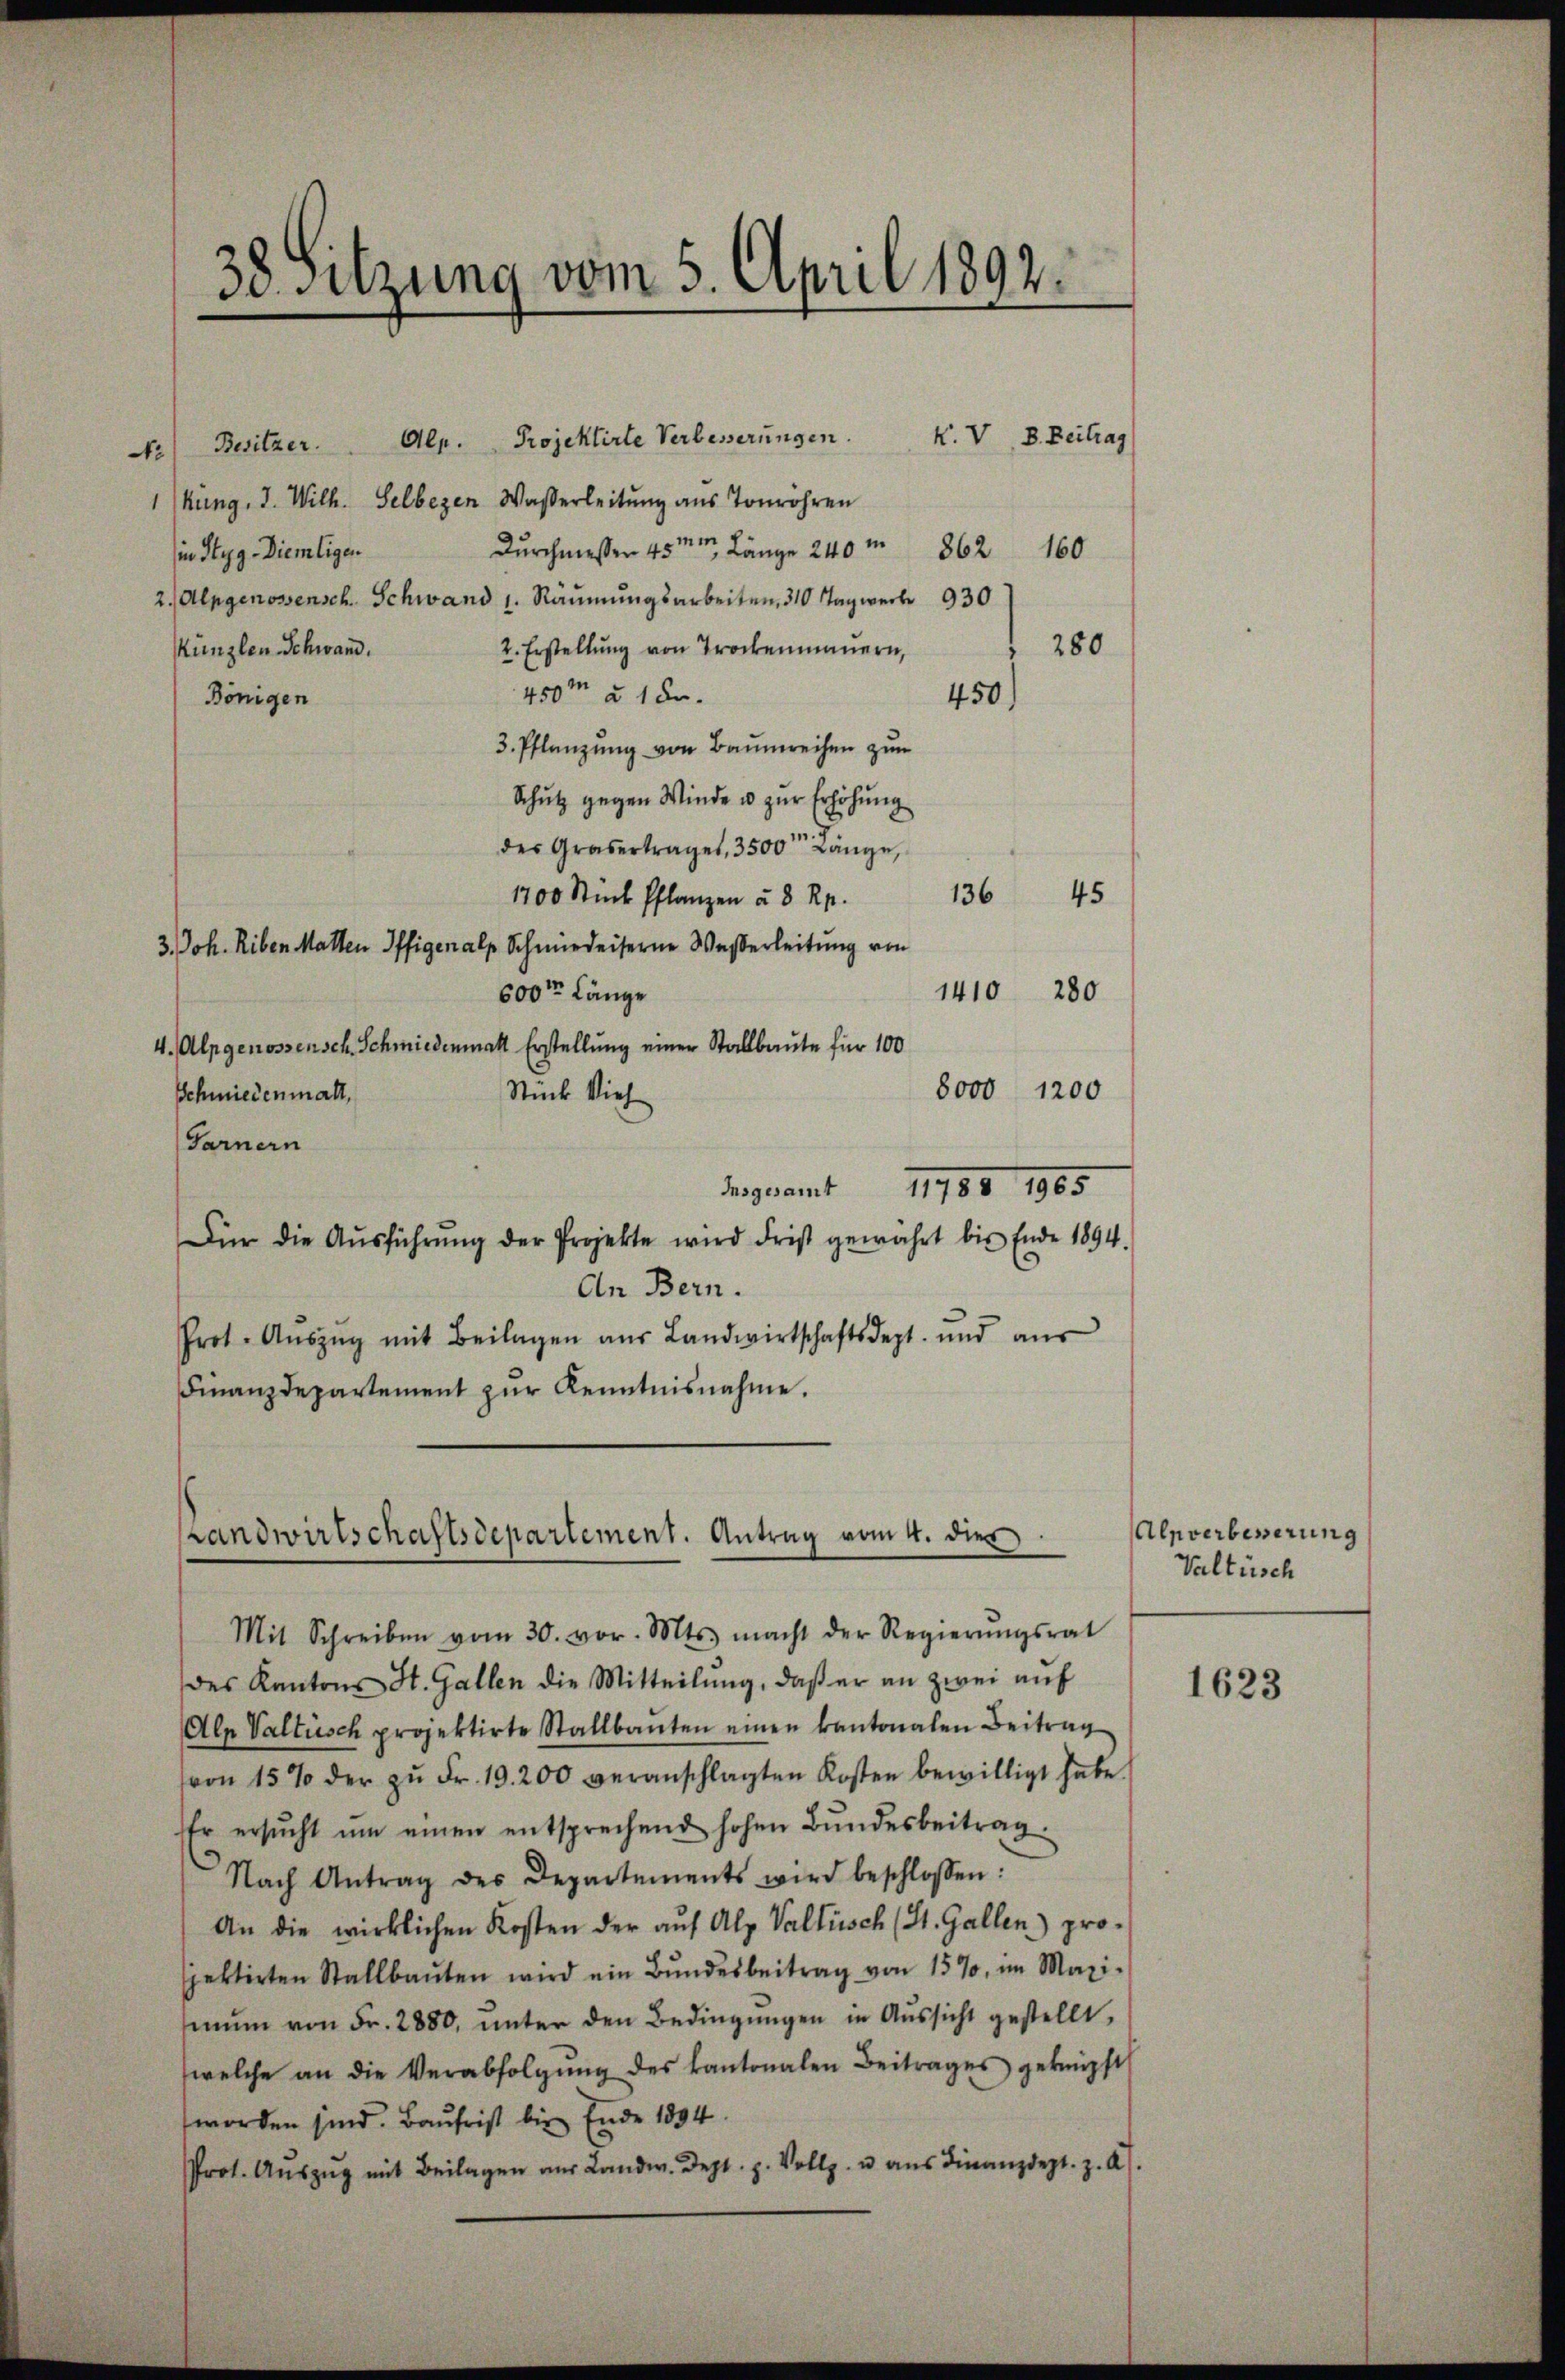
38. Sitzung vom 5. April 1892.

Projektirte Verbesserungen.
K. V, B. Beitrag
Besitzer.   Alp.
No
1kung, 3. Wilh. Selbezen Waßerleitung aus Tonröhren
Durchmessen 45m Länge 240 m 862. 160
in Styg-Diemligen
2. Alpgenossensch. Schwand 1. Räumungsarbeiten, 310 Tagwerk 930
280
2. Erstellŭng von Trockenmaŭern,
Künzlen Schwand.
450m § 1 Fr.
Königen
450)
3. Pflanzung von Baumreihen zum
Schutz gegen Winde u zŭr Erhöhung
des Grasertraget 3500 Lange,
1200 Stück Pflanzen à 8 Rp. 136 45
3. Joh. Riben Matten Offigenalp Schmiederserne Wasserleitung von
1410 280
600m Länge
4. Alpgenossensch, Schmiedenmatt Erstellung einer Stallbaute für 100
8000 1200
Schmiedenmalt,
Stück Vieh
Garnern
Bengesamt 11788, 1905
Für die Aŭsführŭng der Projekte wird drist gewahrt bis Ende 1894.
An Bern.
Prot. Aŭszŭg mit Beilagen aŭs Landwirtschaftsdept. und aŭs
Finanzdepartement zŭr Kenntnisnahme.

Handwirtschaftsdepartement. Antrag vom 4. dies

Mit Schreiben vom 30. vor. Mts. macht der Regierŭngsrat
des Kantons St. Gallen die Mitteilung, daß er an zwei auf
Alp Valtisch projektirte Stallbauten einen kantonalen Beitrag
von 15% der zŭ Fr. 19. 200 veranschlagten Kosten bewilligt habe.
Er ersŭcht ŭm einen entsprechend hohen Bŭndesbeitrag.
Nach Antrag des Departements wird beschlossen:
An die wirklichen Kosten der aŭf Alp Valtisch (St. Gallen) pro-
jektirten Stallbaŭten wird ein Bŭndesbeitrag von 157, im Maxi-
iŭm von Fr. 2880, ŭnter den Bedingŭngen in Aŭssicht gestellt,
welche an die Verabfolgŭng des Kantonalen Beitrages geknüpft
worden sind. Baufrist bis Ende 1804.
Prot. Aŭszŭg mit Beilagen aus Landw. Dept. p. Vollg. u. aus Finanzdept. z. A.).

Alpverbesserung
Valtisch

1623